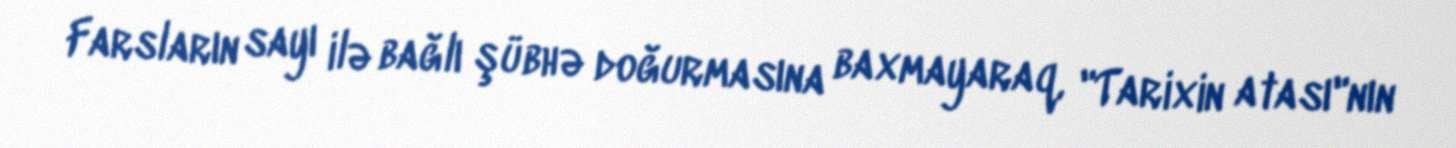
Farsların sayı ilə bağlı şübhə doğurmasına baxmayaraq, "Tarixin atası"nın